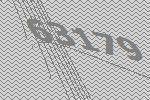
63179